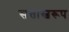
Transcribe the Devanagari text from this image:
सत्तास्वरूप